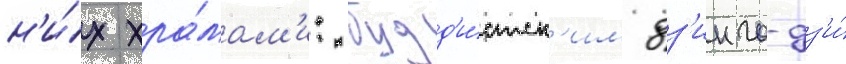
н'и́х хра́мам'и: будд'и́стск'им дз'инго-дз'и́